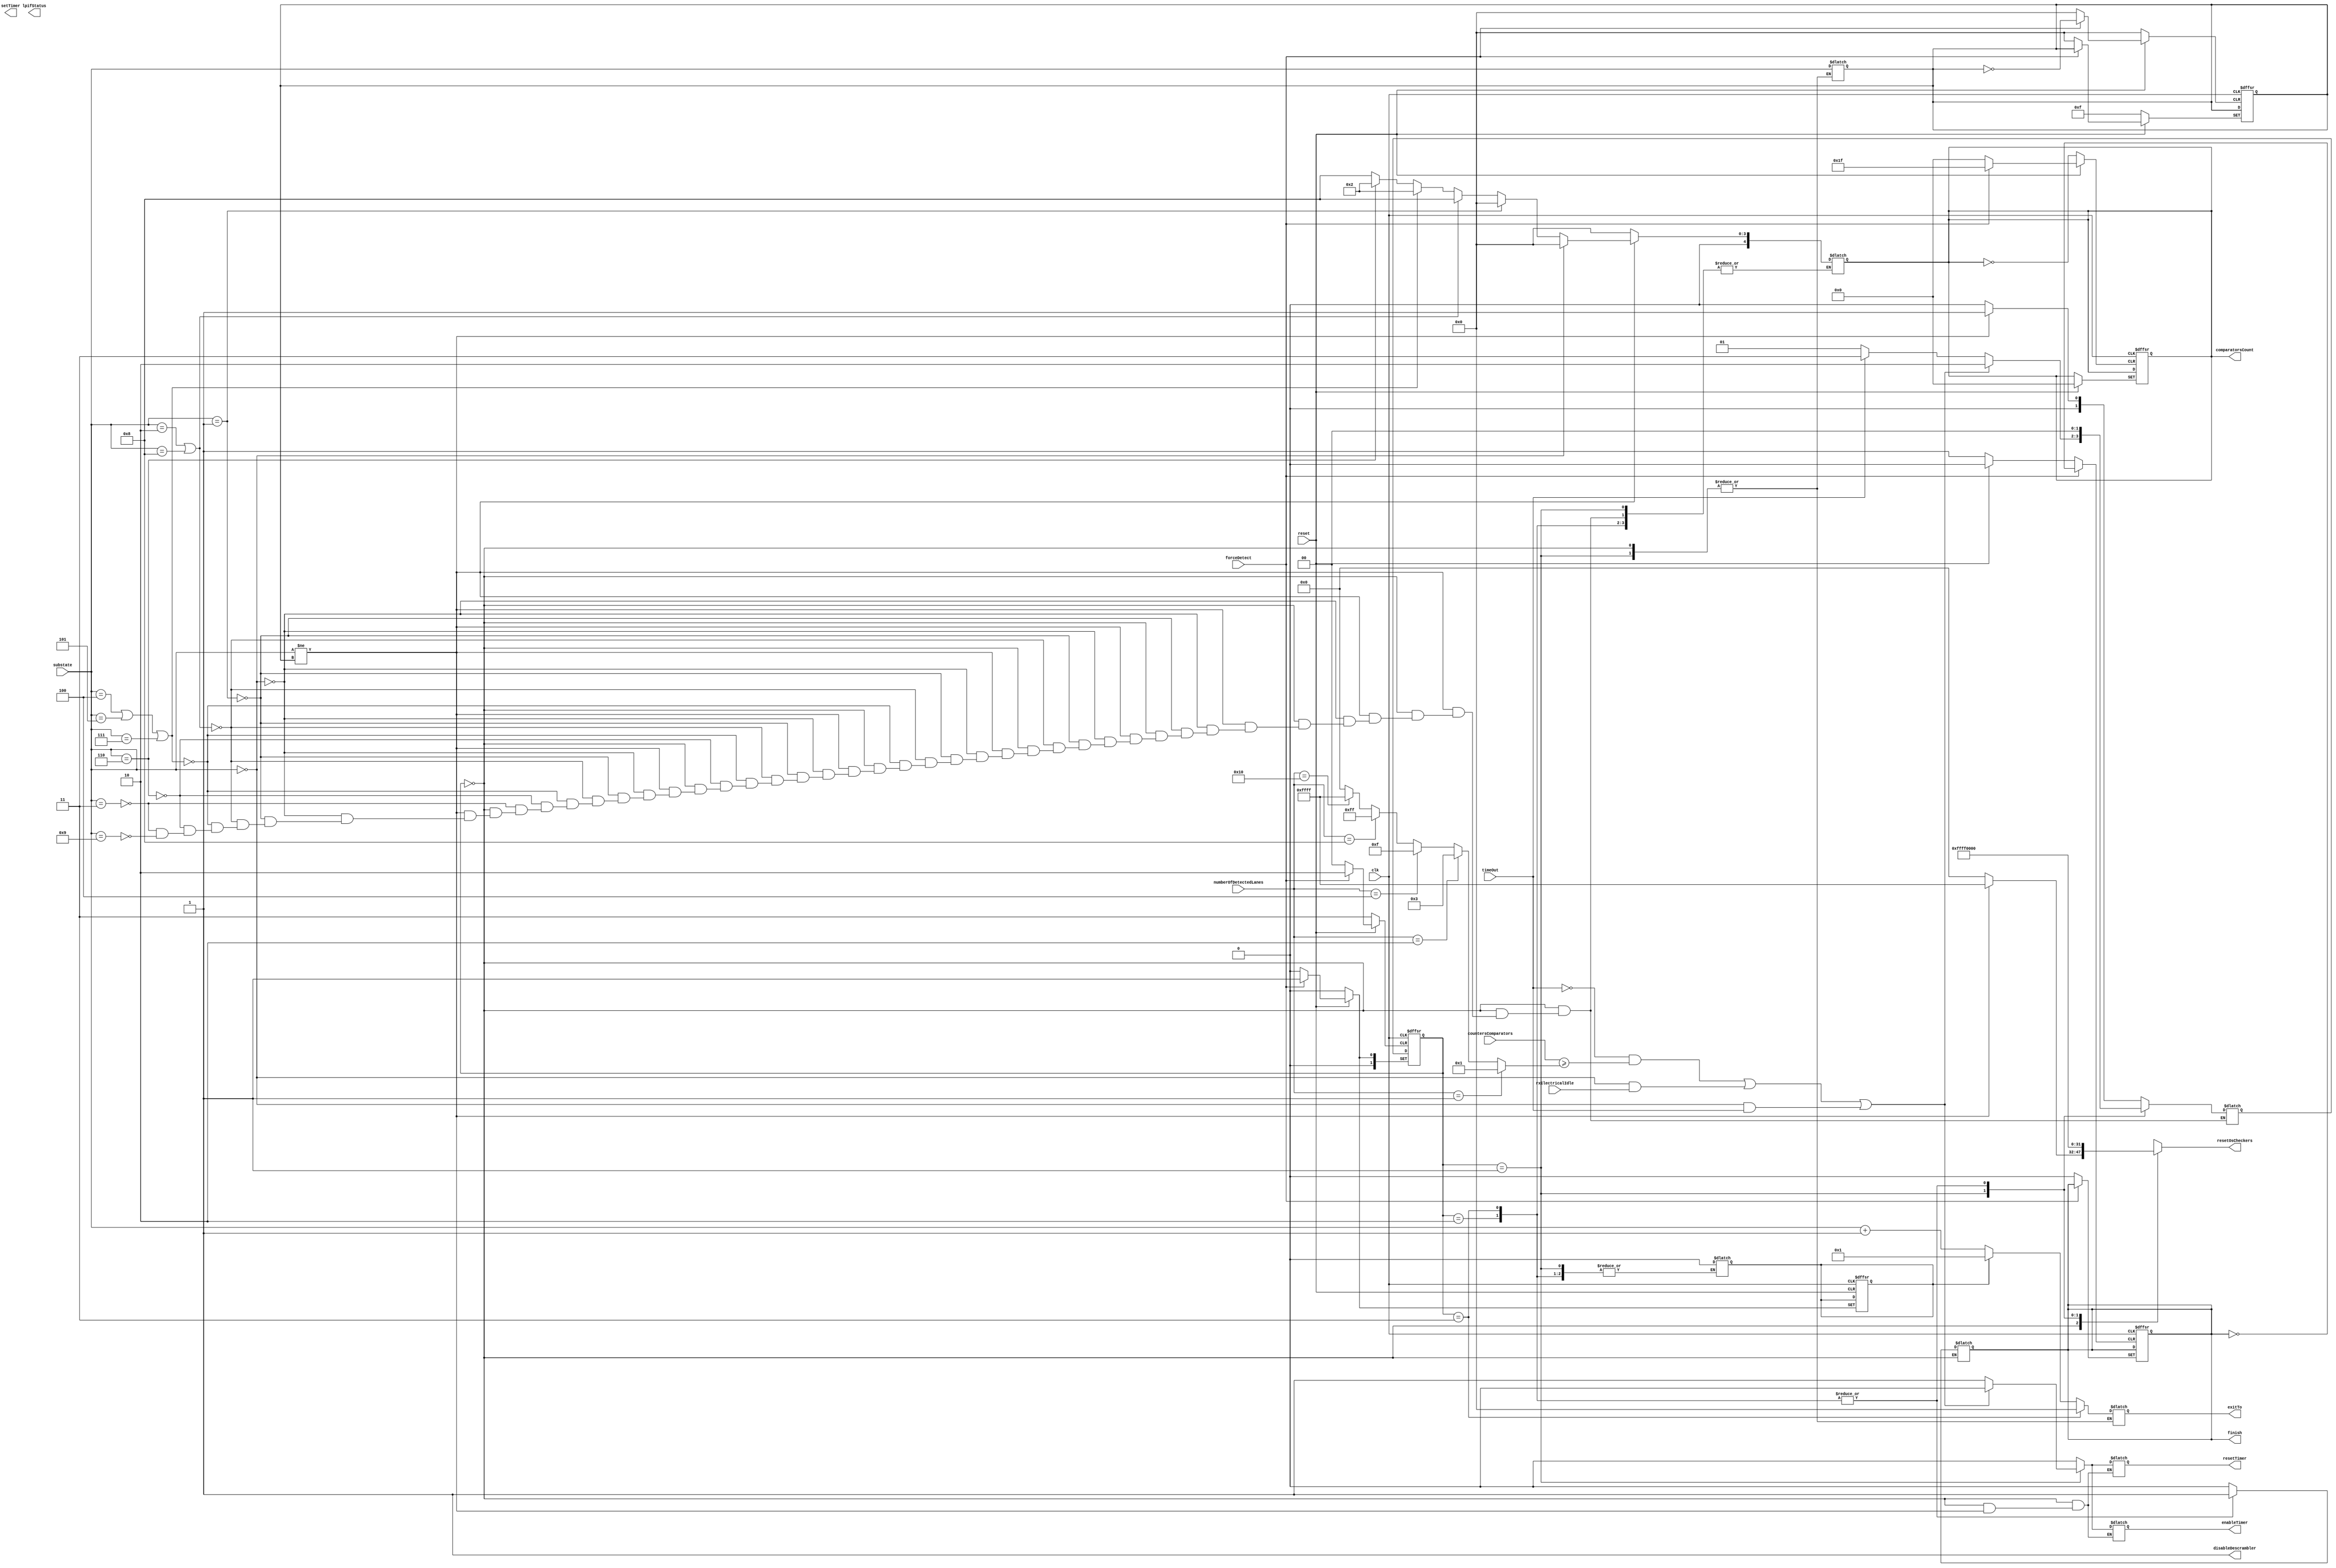
module  masterRxLTSSM #(parameter MAXLANES = 16)(
    input clk,
    input [4:0]numberOfDetectedLanes,
    input [3:0]substate,
    input [15:0]countersComparators,
    input forceDetect,
    input rxElectricalIdle,
    input timeOut,
    input reset,
    output reg finish,
    output reg [3:0]exitTo,
    output reg [15:0]resetOsCheckers,
    output reg disableDescrambler,
    output [3:0]lpifStatus,
    output reg [5:0]setTimer,
    output reg enableTimer,
    output reg resetTimer,
    output reg[4:0]comparatorsCount);
    
    reg[3:0] lastState;
    reg[1:0] currentState,nextState;
    reg[5:0] timeToWait;
    reg[15:0]comparatorsCondition;
    reg forcedetectflag;
//input substates from main ltssm
    localparam [3:0]
	detectQuiet =  4'd0,
	detectActive = 4'd1,
	pollingActive= 4'd2,
	pollingConfiguration= 4'd3,
    configurationLinkWidthStart = 4'd4,
    configurationLinkWidthAccept = 4'd5,
    configurationLanenumWait = 4'd6,
    configurationLanenumAccept = 4'd7,
    configurationComplete =4'd8,
    configurationIdle = 4'd9;
    

//local states
    localparam [1:0]
    start = 2'b00,
    counting = 2'b01,
    success = 2'b10,
    failed = 2'b11;

    //CURRENT STATE FF
    always @(posedge clk or negedge reset or posedge forceDetect)
    begin
        if(!reset)
        begin
            	currentState <= start;
	        finish <= 1'b0;
		lastState<=4'hF;
		forcedetectflag<=1'b0;
        end
        else
        begin
		if(forceDetect) //got to detectquiet
		begin
               		comparatorsCount <= 5'd0;
                	timeToWait <= 6'd12;
               	 	currentState <= counting;
			forcedetectflag <=1'b1;
		end
           	else currentState <= nextState;
        end    
    end

    always @(*)
    begin
        disableDescrambler = 1'b1;
        case(currentState)
        start:
        begin
	 forcedetectflag = 1'b0;        
         if(substate != lastState) //ensure that this is a new request
         begin
            resetOsCheckers = {16{1'b1}};
            if(substate == detectQuiet)
            begin
                comparatorsCount = 5'd0;
                timeToWait = 6'd12;
                nextState = counting;
		 
            end
            else if(substate == detectActive)
            begin
                comparatorsCount = 5'd0;
                timeToWait = 6'd0;
                nextState = counting;
		
            end
            else if(substate==pollingActive||substate==configurationComplete)
            begin
                comparatorsCount = 5'd8;
                timeToWait = 6'd24;
                nextState = counting;
		
            end
            else if (substate==configurationLinkWidthStart||substate==configurationLinkWidthAccept||substate==configurationLanenumAccept)
            begin
                comparatorsCount = 5'd2;
                timeToWait = 6'd24;
                nextState = counting;
		                
            end
            else if (substate==configurationLanenumWait)
            begin
                comparatorsCount=5'd2;
                timeToWait = 6'd2;
                nextState = counting;
		
            end
            else if (substate==pollingConfiguration)
            begin
                comparatorsCount=5'd8;
                timeToWait = 6'd48;
                nextState = counting;
		
            end
 	    else if (substate==configurationIdle)
            begin
                comparatorsCount=5'd8;
                timeToWait = 6'd2;
                nextState = counting;
		
            end
		
        end
        
        else 
        begin
            comparatorsCount=5'd0;
            timeToWait = 6'd0;
            enableTimer = 1'b0;
            resetTimer = 1'b0;
            resetOsCheckers = 16'b0;
            nextState = start;
        end

    end
        
    counting:
    begin
        enableTimer = 1'b1;
        resetTimer  = 1'b1;
        resetOsCheckers = {16{1'b1}};
	finish = 1'b0;
        if((!timeOut && countersComparators >= comparatorsCondition) || (substate == detectQuiet && rxElectricalIdle) || (substate == detectQuiet && timeOut))
        begin
            enableTimer = 1'b0;
            resetTimer  = 1'b0;
            nextState = success;
           
        end
        else if(timeOut)
	begin
	nextState = failed;
	end	
        else nextState = counting;
    end
        success:
        begin
	    lastState = substate;
            resetOsCheckers = 16'b0;
            enableTimer = 1'b0;
            resetTimer = 1'b0;
            finish = 1'b1;
            exitTo =  forcedetectflag? detectActive : substate + 1'b1;
            nextState = start;
        end
        failed:
        begin
            lastState = substate;
            resetOsCheckers = 16'b0;
            enableTimer = 1'b0;
            resetTimer = 1'b0;
            finish = 1'b1;
            exitTo = detectQuiet;
            nextState = start;
        end
        default:
        begin
            nextState = start;
            enableTimer = 1'b0;
            resetTimer = 1'b0;
            resetOsCheckers = 16'b0;
        end
        

    
        endcase
    end
    


always@(*)
begin
    if(numberOfDetectedLanes==5'd1)       comparatorsCondition = 16'd1;
    else if(numberOfDetectedLanes == 5'd2)comparatorsCondition = {{14{1'b0}},{2{1'b1}}};
    else if(numberOfDetectedLanes == 5'd4)comparatorsCondition = {{12{1'b0}},{4{1'b1}}};
    else if(numberOfDetectedLanes == 5'd8)comparatorsCondition = {{8{1'b0}},{8{1'b1}}};
    else if(numberOfDetectedLanes == 5'd16)comparatorsCondition= {16{1'b1}};
    else comparatorsCondition = 16'd0;
end

endmodule